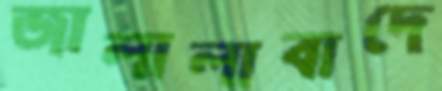
জালালাবাদে